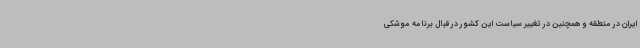
ایران در منطقه و همچنین در تغییر سیاست این کشور در قبال برنامه موشکی